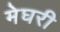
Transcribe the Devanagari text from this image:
मेघरी